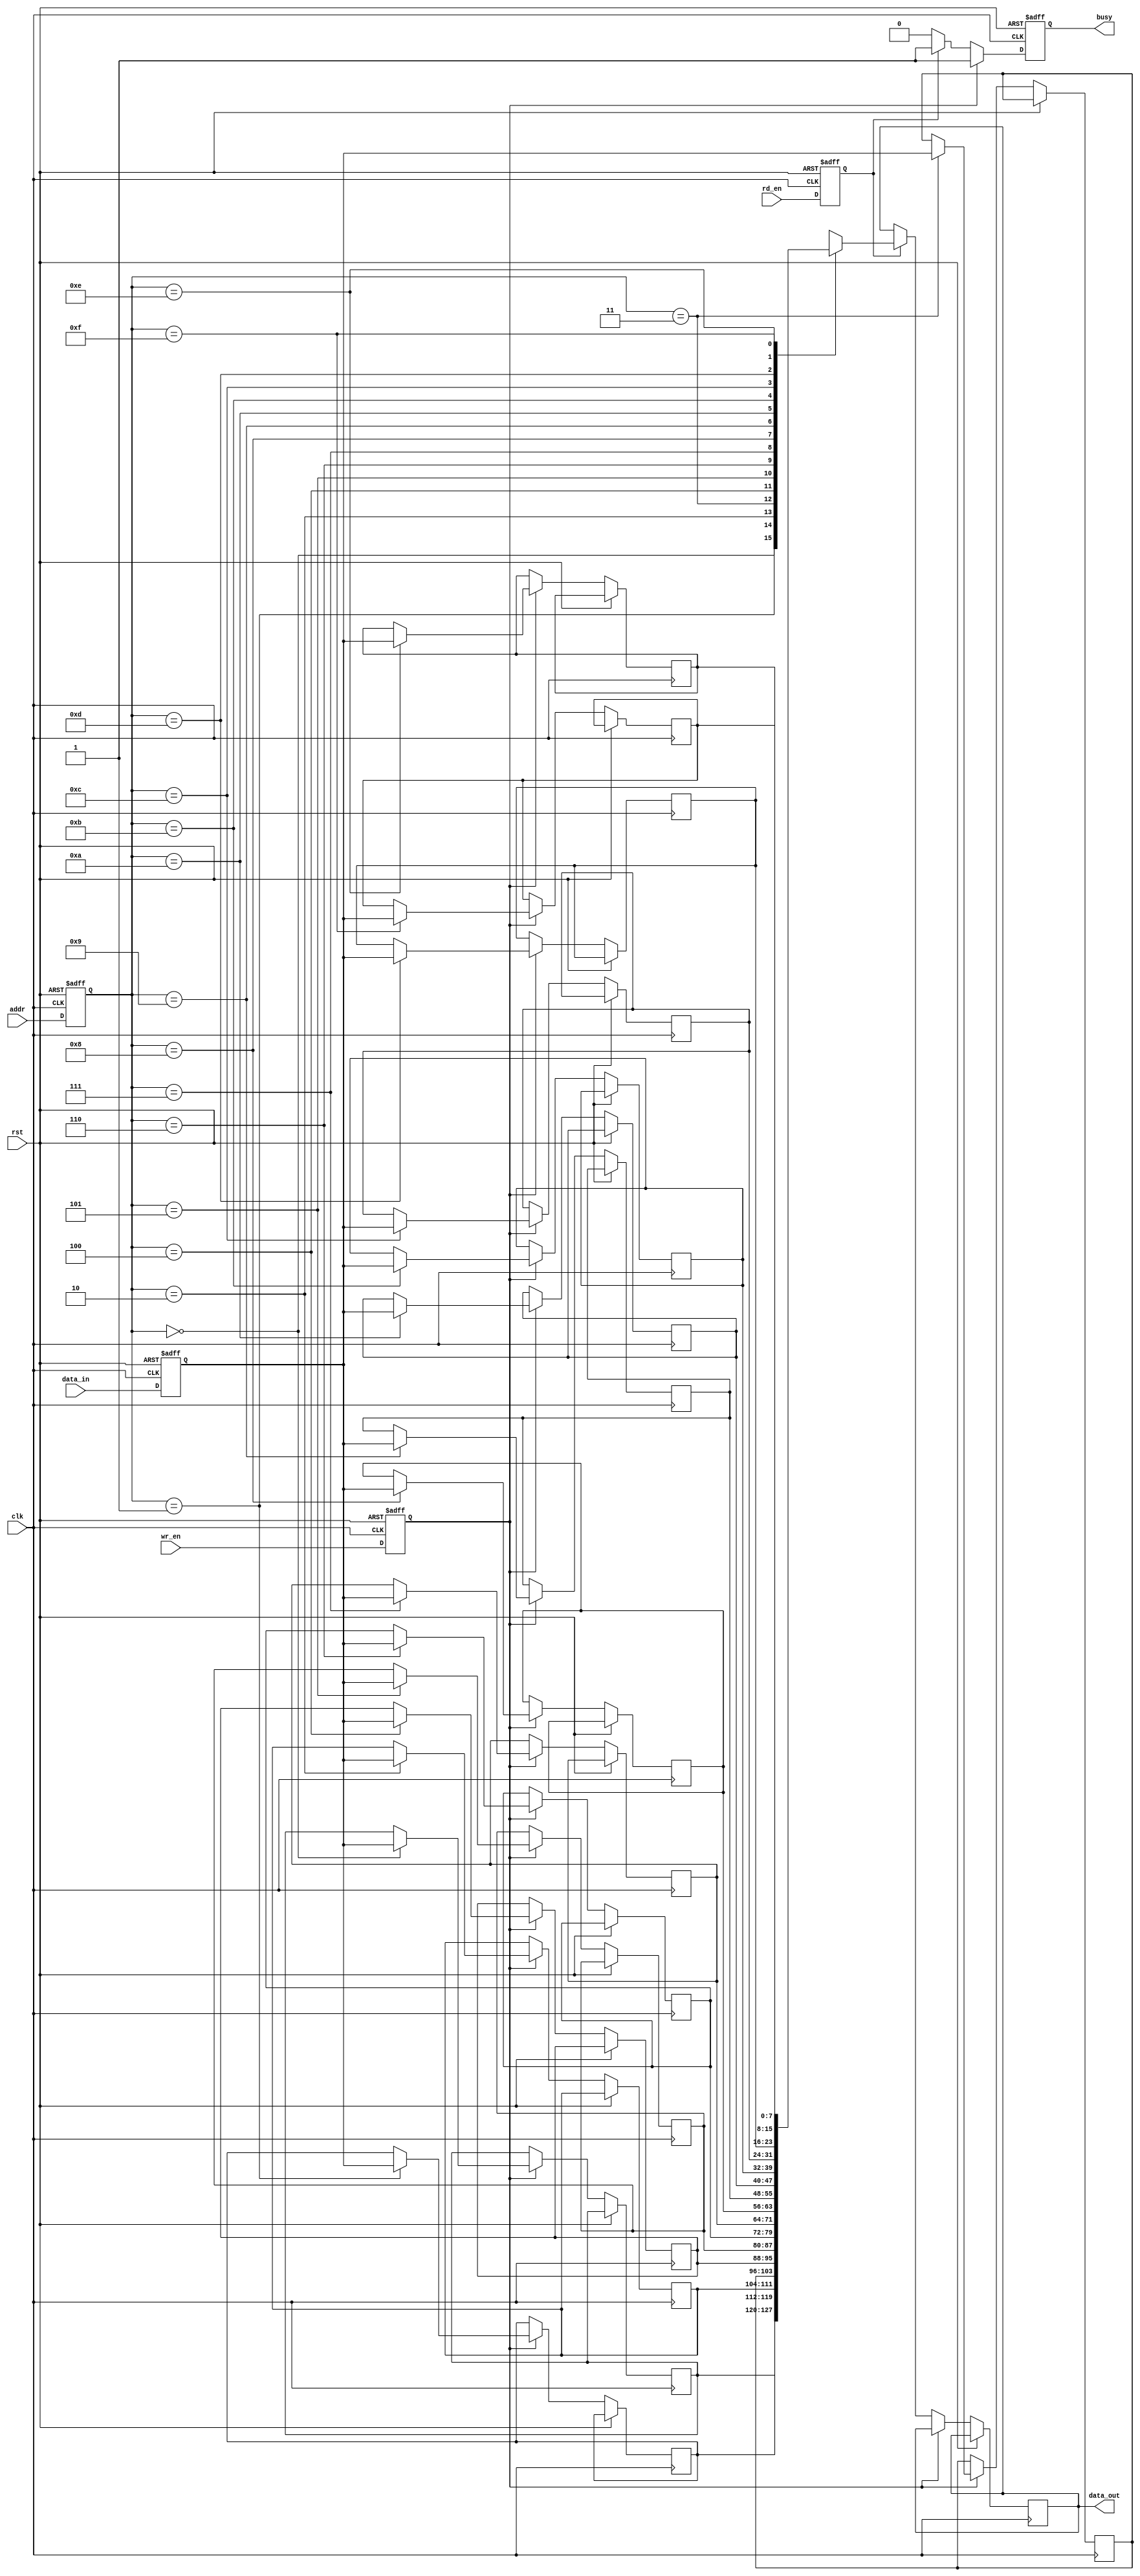
module memory_block #(
    parameter ADDR_WIDTH = 4,      // Address width
    parameter DATA_WIDTH = 8,      // Data width
    parameter MEM_SIZE = 1 << ADDR_WIDTH // Memory size based on address width
)(
    input wire clk,                 // Clock signal
    input wire rst,                 // Reset signal
    input wire wr_en,               // Write enable
    input wire rd_en,               // Read enable
    input wire [ADDR_WIDTH-1:0] addr, // Address input
    input wire [DATA_WIDTH-1:0] data_in, // Data input
    output reg [DATA_WIDTH-1:0] data_out, // Data output
    output reg busy                 // Memory busy status
);

    // Memory array declaration
    reg [DATA_WIDTH-1:0] memory [0:MEM_SIZE-1];

    // Safe delay line (simple implementation using a register)
    reg [ADDR_WIDTH-1:0] addr_reg;
    reg [DATA_WIDTH-1:0] data_reg;
    reg wr_en_reg;
    reg rd_en_reg;

    // Sequential logic for safe delay line
    always @(posedge clk or posedge rst) begin
        if (rst) begin
            addr_reg <= 0;
            data_reg <= 0;
            wr_en_reg <= 0;
            rd_en_reg <= 0;
            busy <= 1'b0;
        end else begin
            // Latch input signals
            addr_reg <= addr;
            data_reg <= data_in;
            wr_en_reg <= wr_en;
            rd_en_reg <= rd_en;

            // Memory access control
            if (wr_en_reg) begin
                memory[addr_reg] <= data_reg; // Write data to memory
                busy <= 1'b1; // Set busy signal
            end else if (rd_en_reg) begin
                data_out <= memory[addr_reg]; // Read data from memory
                busy <= 1'b1; // Set busy signal
            end else begin
                busy <= 1'b0; // Clear busy signal if no operation
            end
        end
    end

endmodule